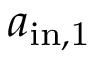
a _ { \mathrm { i n , 1 } }